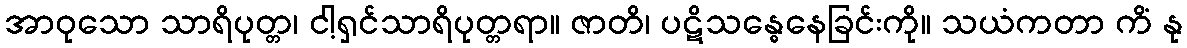
အာဝုသော သာရိပုတ္တ၊ ငါ့ရှင်သာရိပုတ္တရာ။ ဇာတိ၊ ပဋိသန္ဓေနေခြင်းကို။ သယံကတာ ကိံ နု